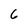
Character: 6